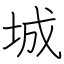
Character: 城